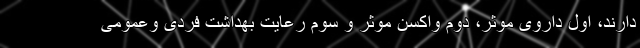
دارند، اول داروی موثر، دوم واکسن موثر و سوم رعایت بهداشت فردی وعمومی